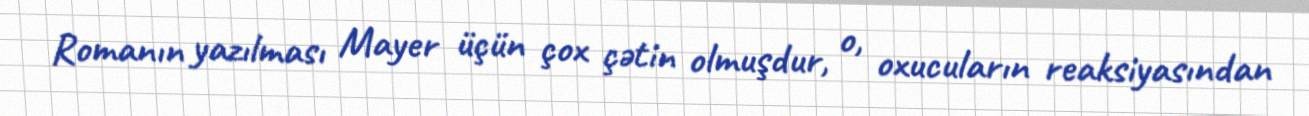
Romanın yazılması Mayer üçün çox çətin olmuşdur, o, oxucuların reaksiyasından